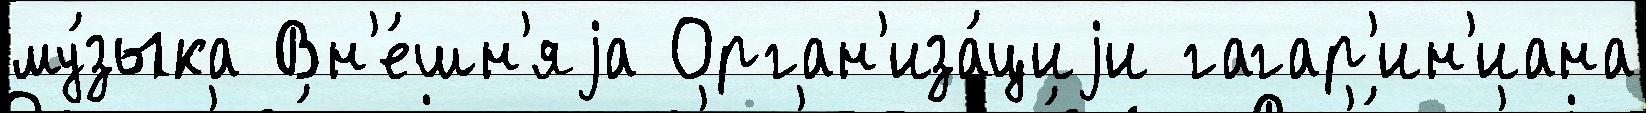
му́зыка Вн'е́шн'яjа Орган'иза́циjи гагар'ин'иана